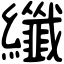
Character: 纖